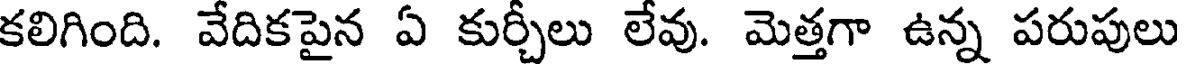
కలిగింది. వేదికపైన ఏ కుర్చీలు లేవు. మెత్తగా ఉన్న పరుపులు